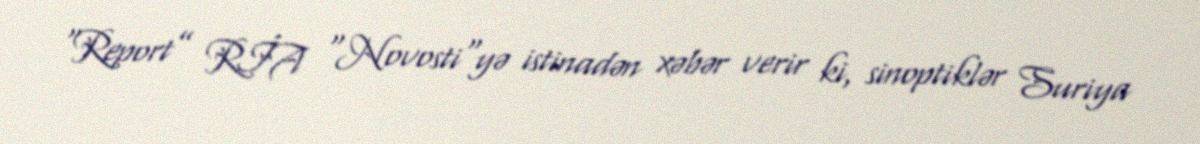
“Report” RİA "Novosti"yə istinadən xəbər verir ki, sinoptiklər Suriya